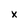
Character: x